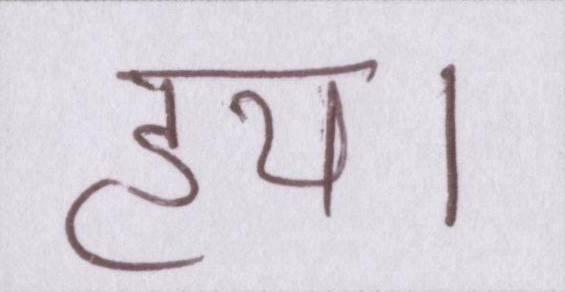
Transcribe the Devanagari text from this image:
हय।